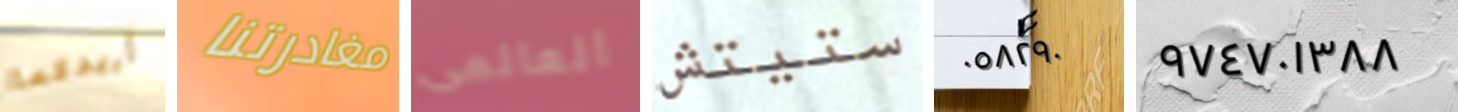
أريدكما مغادرتنا العالمى ستيتش ٠٥٨٢٩٠ ٩٧٤٧٠١٣٨٨